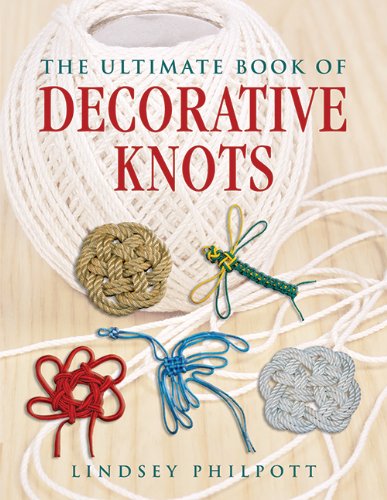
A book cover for The Ultimate Book of Decorative Knots; Lindsey Philpott; Crafts, Hobbies & Home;